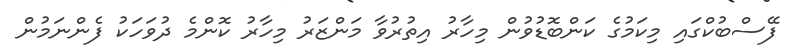
ފޭސްބުކްގައި މިކަމުގެ ކަންބޮޑުވުން މިހާރު އިތުރުވާ މަންޒަރު މިހާރު ކޮންމެ ދުވަހަކު ފެންނަމުން